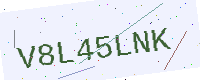
Text: V8L45LNK